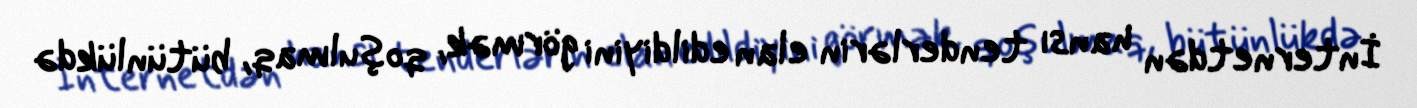
İnternetdən hansı tenderlərin elan edildiyini görmək, qoşulmaq, bütünlükdə